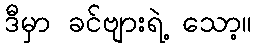
ဒီမှာ ခင်ဗျားရဲ့ သော့။